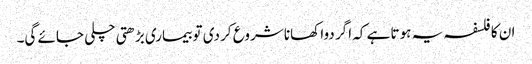
ان کا فلسفہ یہ ہوتا ہے کہ اگر دوا کھانا شروع کر دی تو بیماری بڑھتی چلی جائے گی۔